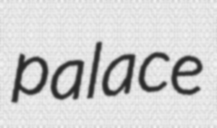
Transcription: palace